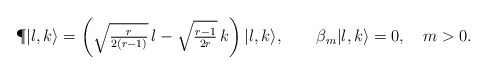
\begin{align*}\P|l,k\rangle=\left(\sqrt{\textstyle{r\over2(r-1)}}\,l -\sqrt{\textstyle{r-1\over2r}}\,k\right)|l,k\rangle,\qquad \beta_m|l,k\rangle =0,\quad m>0.\end{align*}